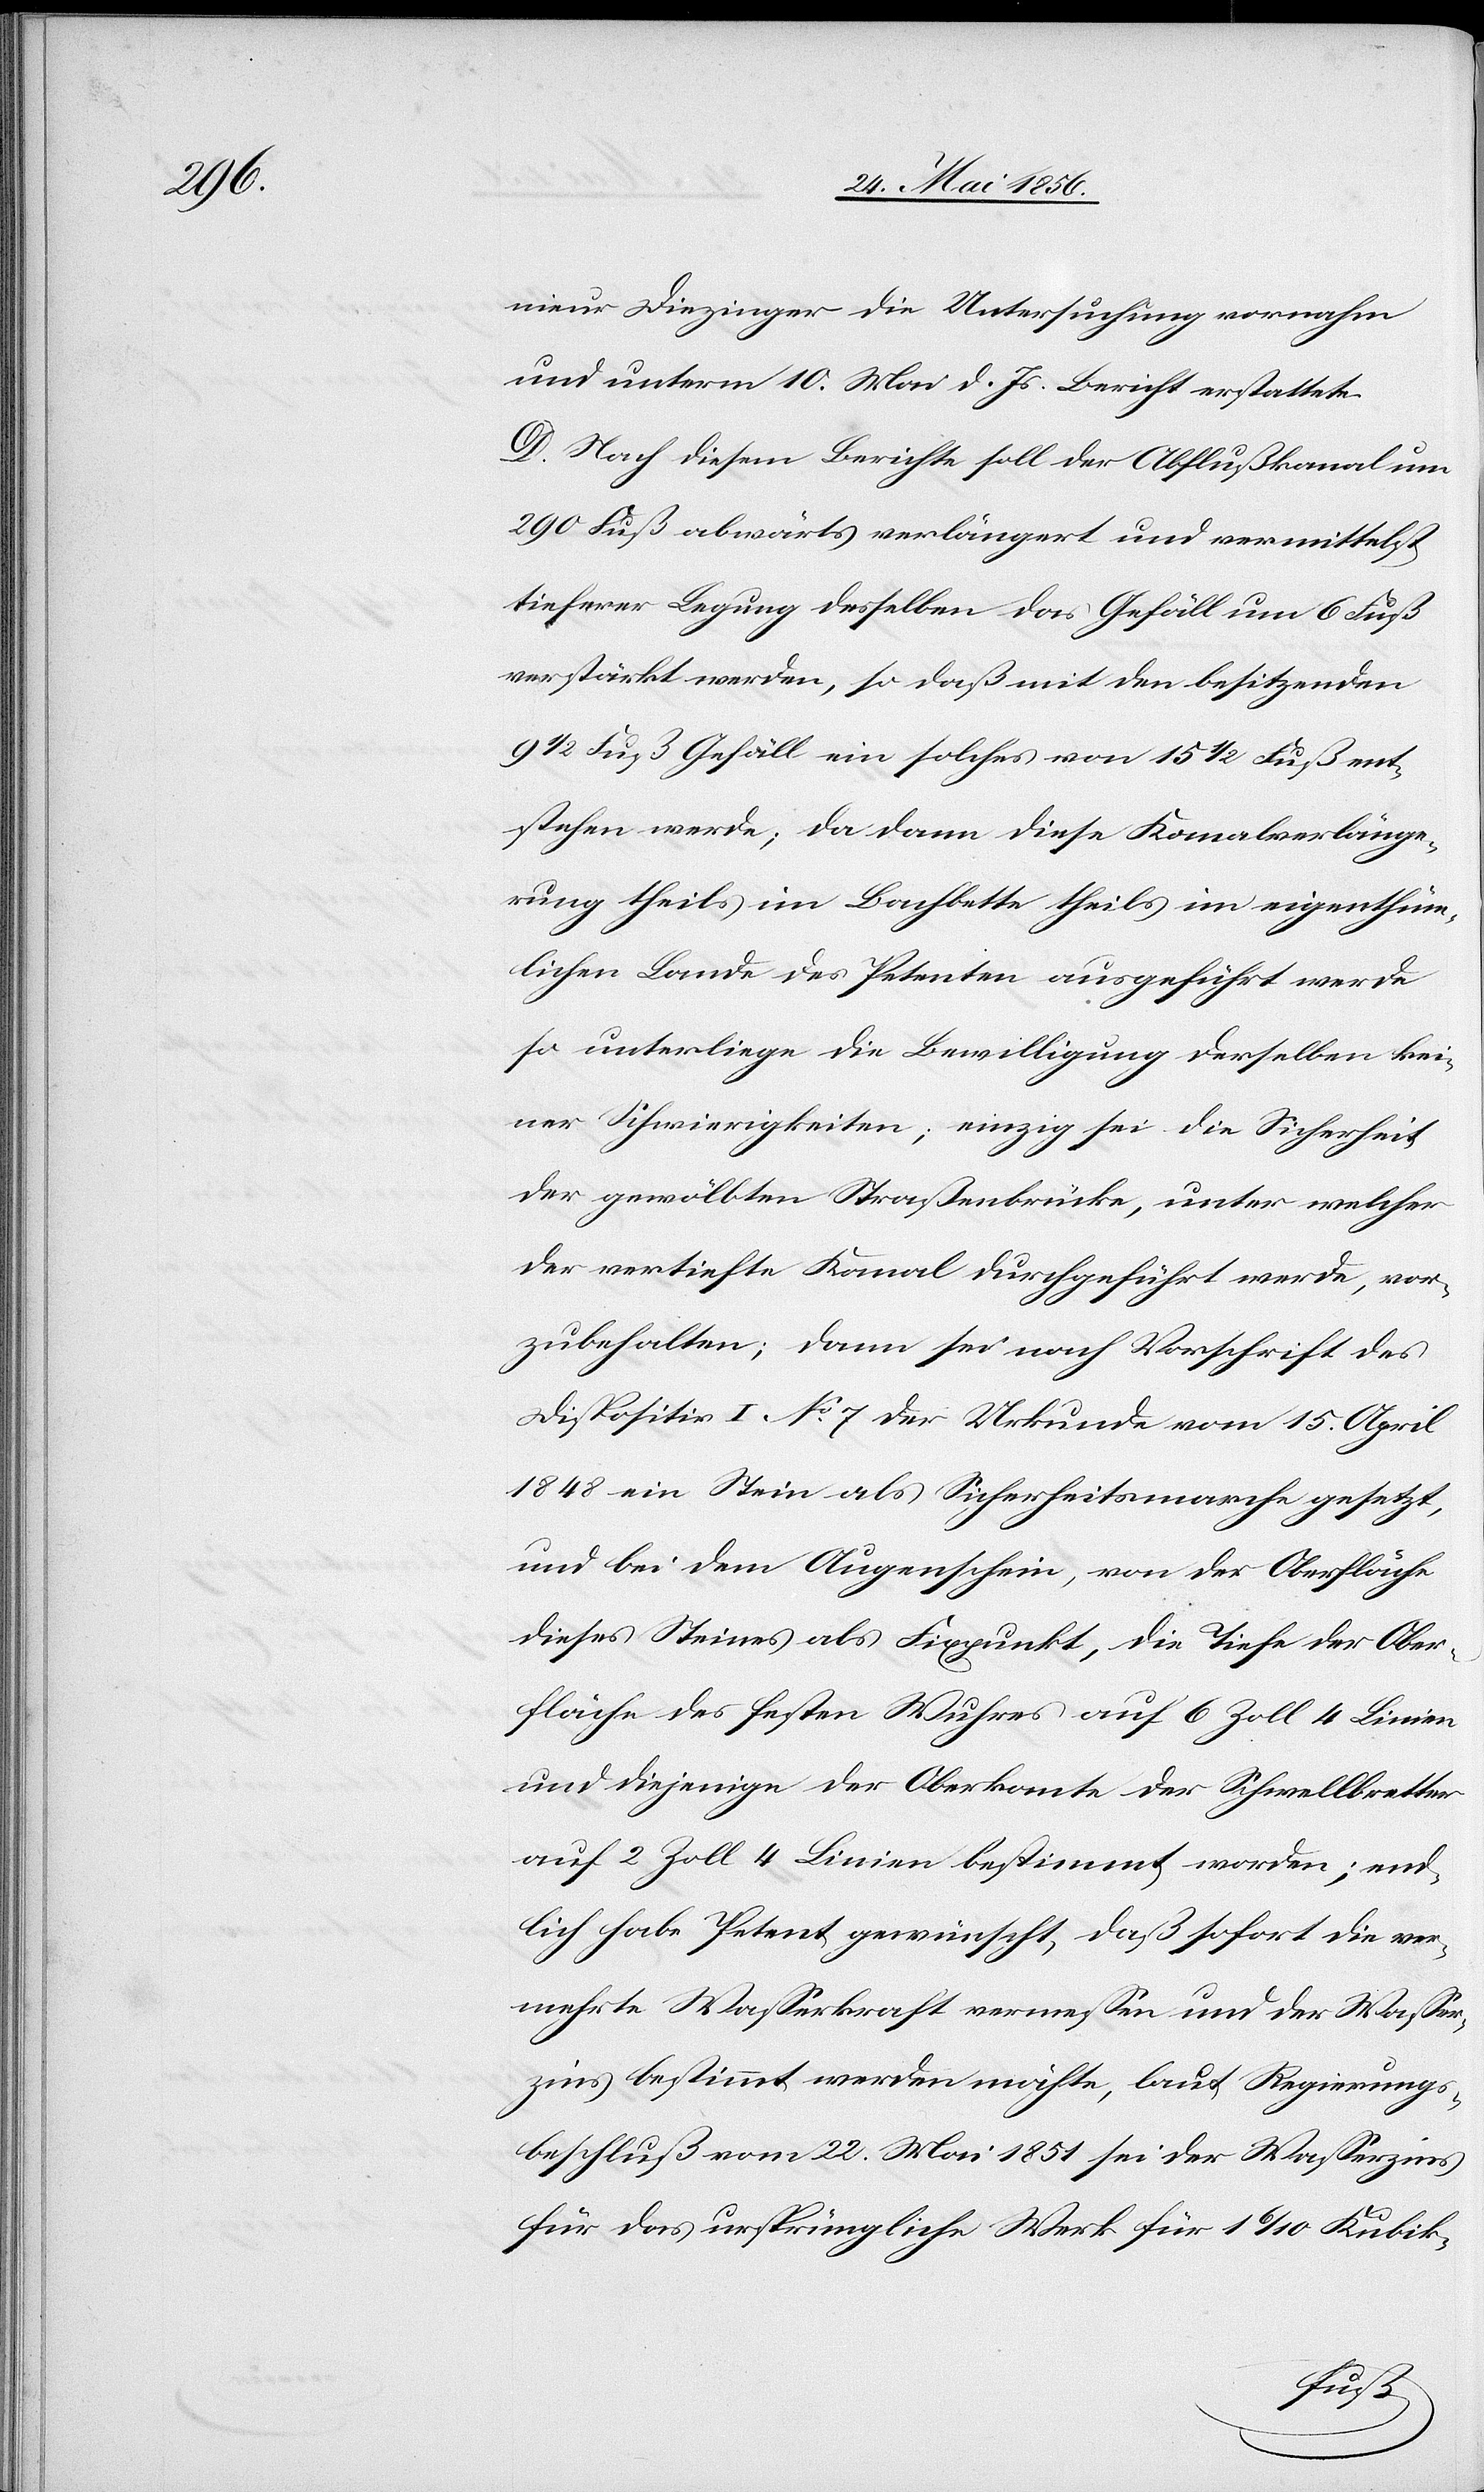
nieur Diezinger die Untersuchung vornahm
und unterm 10 Mai d. Js. Bericht erstattete.
D. Nach diesem Berichte soll der Abflußkanal um
290 Fuß abwärts verlängert und vermittelst
tieferer Legung desselben das Gefäll um 6 Fuß
verstärkt werden, so daß mit den besitzenden
9 ½ Fuß Gefäll ein solches von 15 ½ Fuß ent¬
stehen werde; da dann diese Kanalverlänge¬
rung theils im Bachbette theils im eigenthüm¬
lichen Lande des Petenten ausgeführt werde
so unterliege die Bewilligung derselben kei¬
ner Schwierigkeiten; einzig sei die Sicherheit
der gewölbten Straßenbrücke, unter welcher
der vertiefte Kanal durchgeführt werde, vor¬
zubehalten; dann sei nach Vorschrift des
Dispositiv I No 7 der Urkunde vom 15. April
1848 ein Stein als Sicherheitsmarche gesetzt,
und bei dem Augenschein, von der Oberfläche
dieses Steines als Fixpunkt, die Tiefe der Ober¬
fläche des festen Wuhres auf 6 Zoll 4 Linien
und diejenigen der Oberkante der Schwellbretter
auf 2 Zoll 4 Linien bestimmt worden; end¬
lich habe Petent gewünscht, daß sofort die ver¬
mehrte Wasserkraft vermessen und der Wasser¬
zins bestimmt werden möchte, laut Regierungs¬
beschluß vom 22. Mai 1851 sei der Wasserzins
für das ursprüngliche Werk für 1 6/10 Kubik-